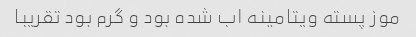
موز پسته ویتامینه اب شده بود و گرم بود تقریبا